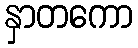
နှာတကော